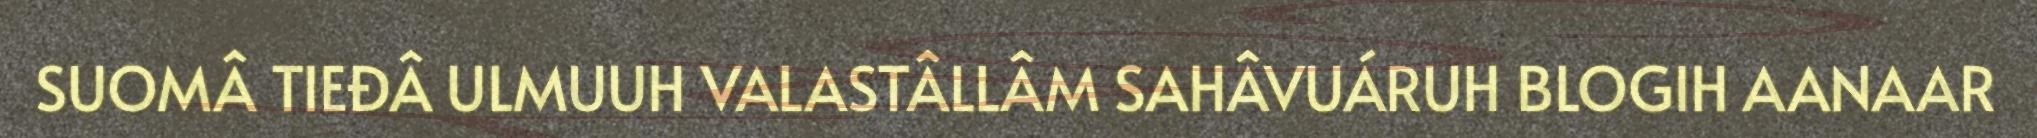
SUOMÂ TIEĐÂ ULMUUH VALASTÂLLÂM SAHÂVUÁRUH BLOGIH AANAAR